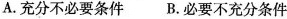
A.充分不必要条件 B.必要不充分条件